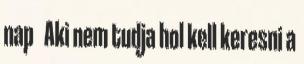
nap Aki nem tudja hol kell keresni a